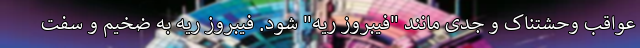
عواقب وحشتناک و جدی مانند "فیبروز ریه" شود. فیبروز ریه به ضخیم و سفت